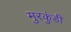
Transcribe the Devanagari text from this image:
मुरकुंडी